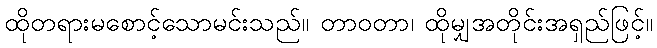
ထိုတရားမစောင့်သောမင်းသည်။ တာဝတာ၊ ထိုမျှအတိုင်းအရှည်ဖြင့်။